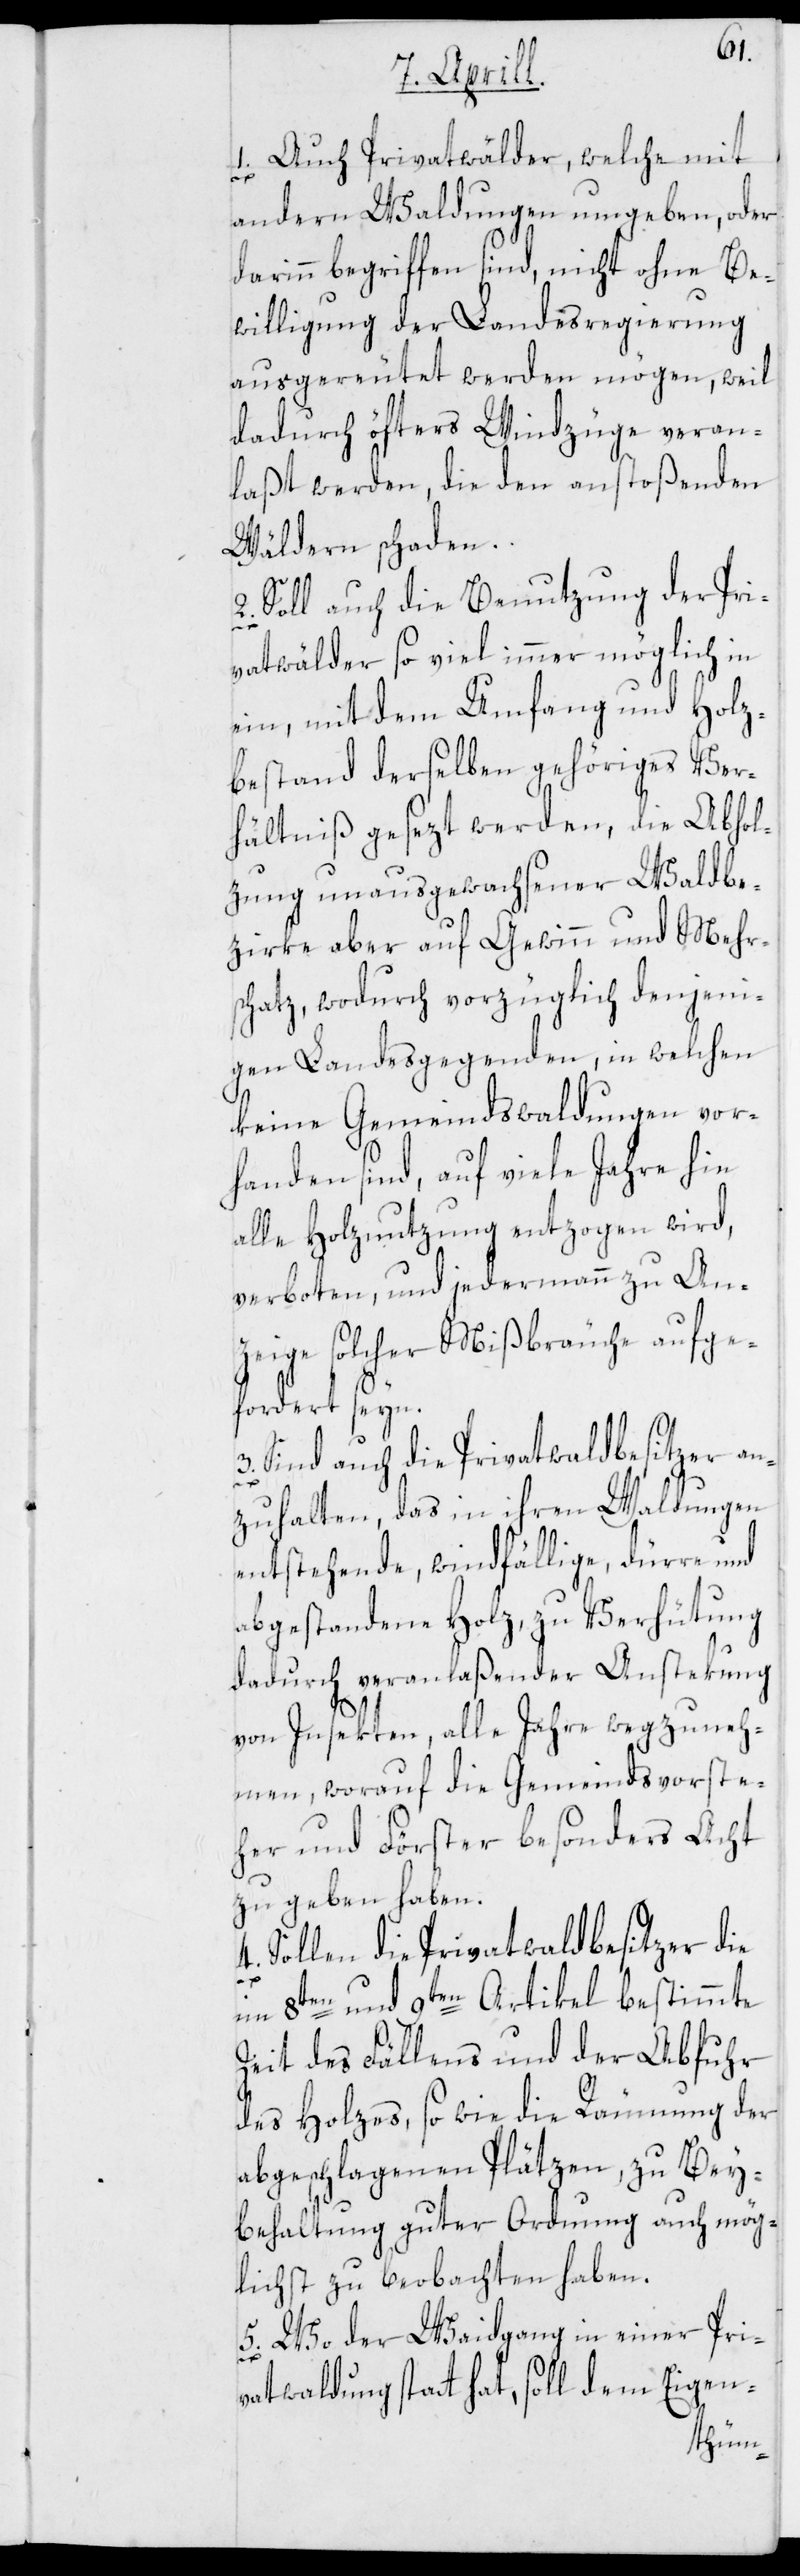
1. Auch Privatwälder, welche mit
3.
andern Waldungen umgeben, oder
darinn begriffen sind, nicht ohne Be¬
willigung der Landesregierung
ausgereutet werden mögen, weil
dadurch öfters Windzüge veran¬
laßt werden, die den anstoßenden
Wäldern schaden.
2. Soll auch die Benutzung der Pri¬
vatwälder so viel immer möglich in
ein, mit dem Umfang und Holz¬
bestand derselben gehöriges Ver¬
hältniß gesezt werden, die Abhol¬
zung unausgewachsener Waldbe¬
zirke aber auf Gewinn und Mehr¬
schatz, wodurch vorzüglich denjeni¬
gen Landesgegenden, in welchen
keine Gemeindswaldungen vor¬
handen sind, auf viele Jahre hin
alle Holznutzung entzogen wird,
verboten, und jedermann zu An¬
zeige solcher Mißbräuche aufge¬
fordert seyn.
Sind auch die Privatwaldbesitzer an¬
zuhalten, das in ihren Waldungen
entstehende, windfällige, dürre und
abgestandene Holz, zu Verhütung
dadurch veranlaßender Anstekung
von Insekten, alle Jahre wegzuneh¬
men, worauf die Gemeindsvorste¬
her und Förster besonders Acht
zu geben haben.
4. Sollen die Privatwaldbesitzer die
im 8ten und 9ten Artikel bestimmte
Zeit des Fällens und der Abfuhr
des Holzes, so wie die Räumung der
abgeschlagenen Plätzen, zu Bey¬
behaltung guter Ordnung auch mög¬
lichst zu beobachten haben.
5. Wo der Waidgang in einer Pri¬
vatwaldung statt hat, soll dem Eigen-